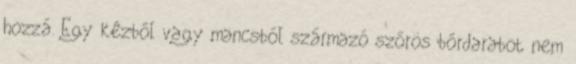
hozzá. Egy kézből vagy mancsból származó szőrös bőrdarabot nem